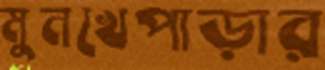
মুনখেপাড়ার